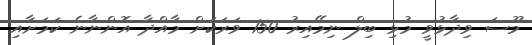
މޫސަ ވިދާޅުވީ މުޅި ބިލް ނިމޭއިރު 150 ވަރަކަށް މާއްދާ އޮންނާނެ ކަމަށާއި